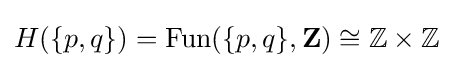
H(\{p,q\})=\mathrm {Fun} (\{p,q\},\mathbf {Z} )\cong \mathbb {Z} \times \mathbb {Z}